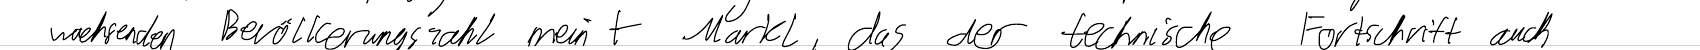
wachsenden Bevölkerungszahl meint Markl, das der technische Fortschritt auch